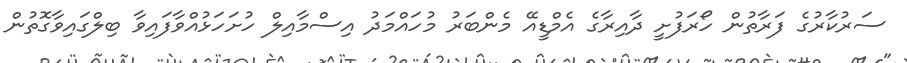
ސަރުކާރުގެ ފަރާތުން ހޯރަފުށީ ދާއިރާގެ އެމްޑީއޭ މެންބަރު މުހައްމަދު އިސްމާއިލް ހުށަހަޅުއްވާފައިވާ ބިލްގައިވާގޮތުން